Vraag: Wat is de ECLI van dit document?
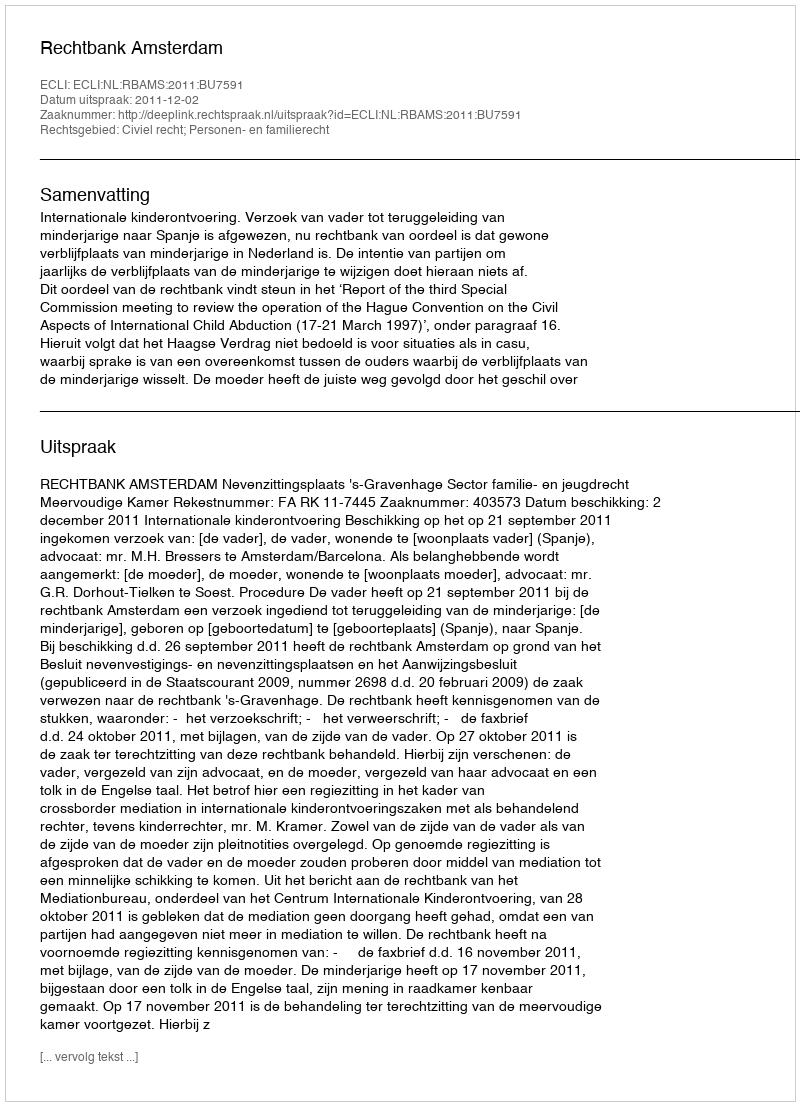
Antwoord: ECLI:NL:RBAMS:2011:BU7591